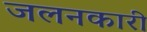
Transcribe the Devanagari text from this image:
जलनकारी